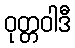
ဝုတ္တဝါဒီ